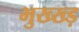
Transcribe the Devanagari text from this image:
भुख्ख्ड़